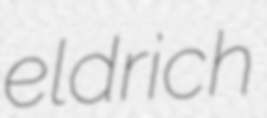
eldrich